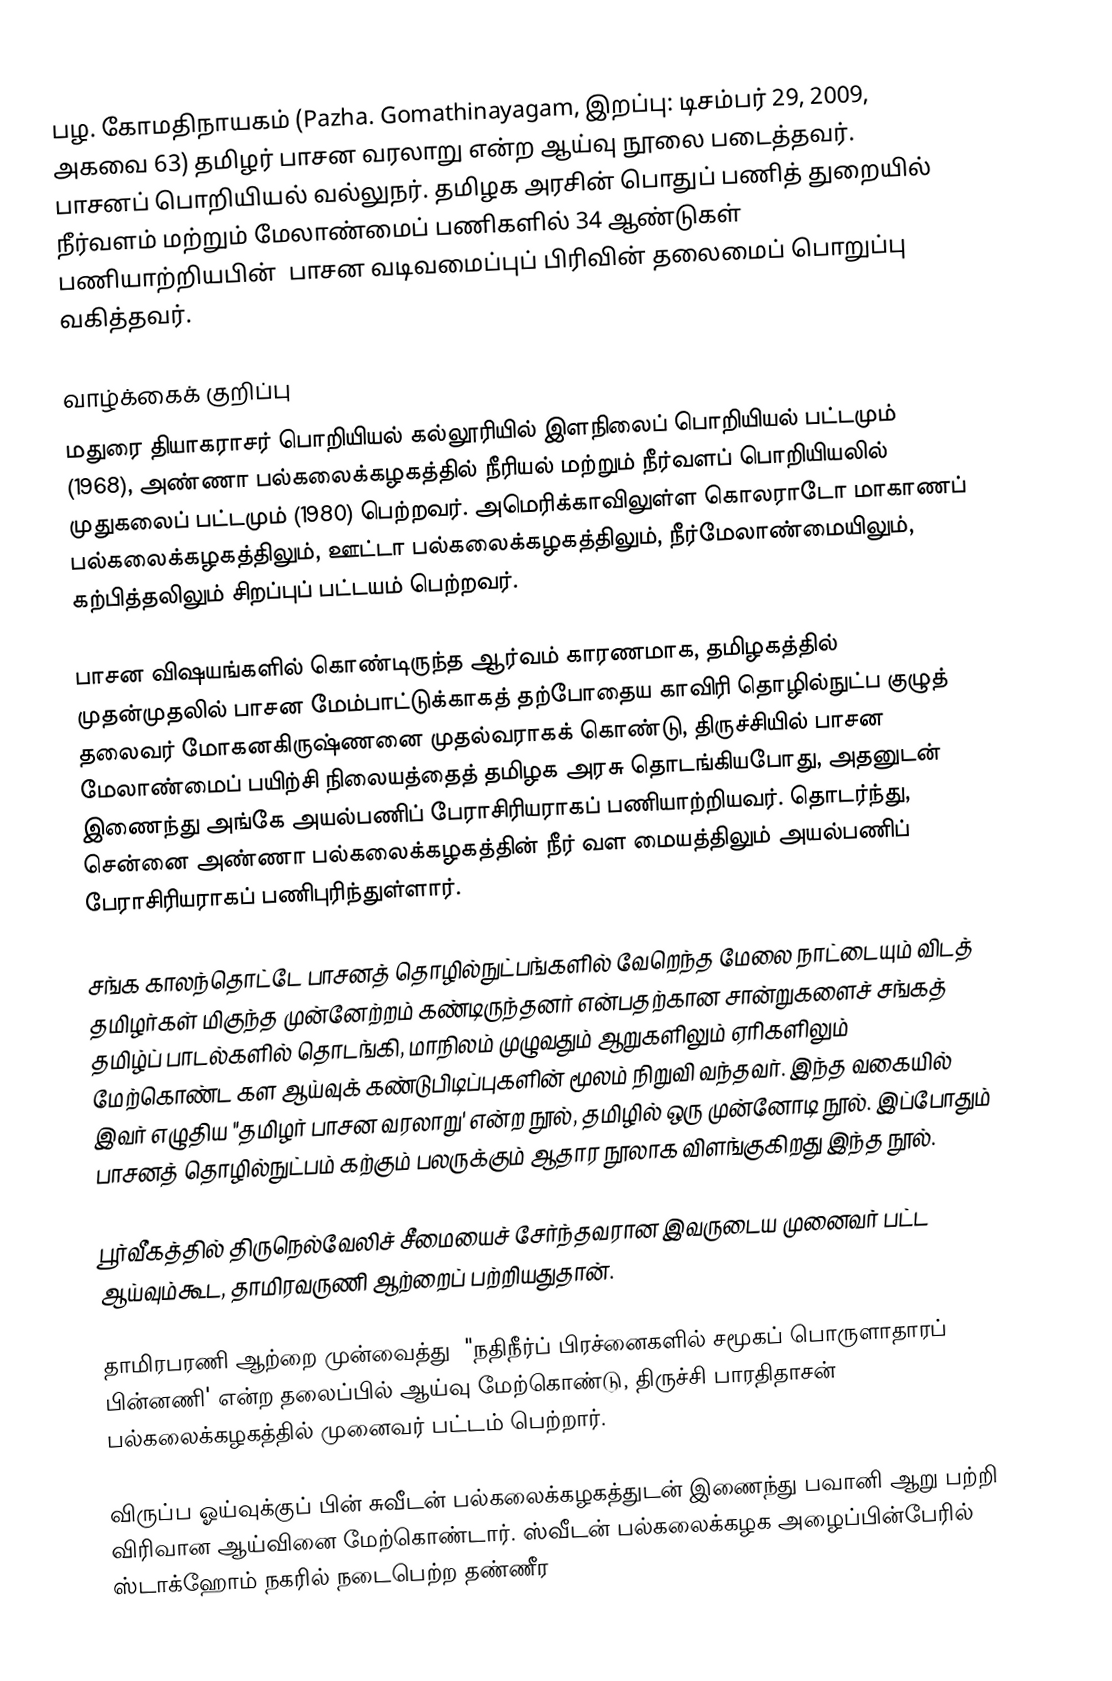
பழ. கோமதிநாயகம் (Pazha. Gomathinayagam, இறப்பு: டிசம்பர் 29, 2009, அகவை 63) தமிழர் பாசன வரலாறு என்ற ஆய்வு நூலை படைத்தவர். பாசனப் பொறியியல் வல்லுநர். தமிழக அரசின் பொதுப் பணித் துறையில் நீர்வளம் மற்றும் மேலாண்மைப் பணிகளில் 34 ஆண்டுகள் பணியாற்றியபின்  பாசன வடிவமைப்புப் பிரிவின் தலைமைப் பொறுப்பு வகித்தவர்.

வாழ்க்கைக் குறிப்பு
மதுரை தியாகராசர் பொறியியல் கல்லூரியில் இளநிலைப் பொறியியல் பட்டமும் (1968), அண்ணா பல்கலைக்கழகத்தில் நீரியல் மற்றும் நீர்வளப் பொறியியலில் முதுகலைப் பட்டமும் (1980) பெற்றவர். அமெரிக்காவிலுள்ள கொலராடோ மாகாணப் பல்கலைக்கழகத்திலும், ஊட்டா பல்கலைக்கழகத்திலும், நீர்மேலாண்மையிலும், கற்பித்தலிலும் சிறப்புப் பட்டயம் பெற்றவர்.

பாசன விஷயங்களில் கொண்டிருந்த ஆர்வம் காரணமாக, தமிழகத்தில் முதன்முதலில் பாசன மேம்பாட்டுக்காகத் தற்போதைய காவிரி தொழில்நுட்ப குழுத் தலைவர் மோகனகிருஷ்ணனை முதல்வராகக் கொண்டு, திருச்சியில் பாசன மேலாண்மைப் பயிற்சி நிலையத்தைத் தமிழக அரசு தொடங்கியபோது, அதனுடன் இணைந்து அங்கே அயல்பணிப் பேராசிரியராகப் பணியாற்றியவர். தொடர்ந்து, சென்னை அண்ணா பல்கலைக்கழகத்தின் நீர் வள மையத்திலும் அயல்பணிப் பேராசிரியராகப் பணிபுரிந்துள்ளார்.

சங்க காலந்தொட்டே பாசனத் தொழில்நுட்பங்களில் வேறெந்த மேலை நாட்டையும் விடத் தமிழர்கள் மிகுந்த முன்னேற்றம் கண்டிருந்தனர் என்பதற்கான சான்றுகளைச் சங்கத் தமிழ்ப் பாடல்களில் தொடங்கி, மாநிலம் முழுவதும் ஆறுகளிலும் ஏரிகளிலும் மேற்கொண்ட கள ஆய்வுக் கண்டுபிடிப்புகளின் மூலம் நிறுவி வந்தவர். இந்த வகையில் இவர் எழுதிய "தமிழர் பாசன வரலாறு' என்ற நூல், தமிழில் ஒரு முன்னோடி நூல். இப்போதும் பாசனத் தொழில்நுட்பம் கற்கும் பலருக்கும் ஆதார நூலாக விளங்குகிறது இந்த நூல்.

பூர்வீகத்தில் திருநெல்வேலிச் சீமையைச் சேர்ந்தவரான இவருடைய முனைவர் பட்ட ஆய்வும்கூட, தாமிரவருணி ஆற்றைப் பற்றியதுதான்.

தாமிரபரணி ஆற்றை முன்வைத்து  "நதிநீர்ப் பிரச்னைகளில் சமூகப் பொருளாதாரப் பின்னணி' என்ற தலைப்பில் ஆய்வு மேற்கொண்டு, திருச்சி பாரதிதாசன் பல்கலைக்கழகத்தில் முனைவர் பட்டம் பெற்றார்.

விருப்ப ஓய்வுக்குப் பின் சுவீடன் பல்கலைக்கழகத்துடன் இணைந்து பவானி ஆறு பற்றி விரிவான ஆய்வினை மேற்கொண்டார். ஸ்வீடன் பல்கலைக்கழக அழைப்பின்பேரில் ஸ்டாக்ஹோம் நகரில் நடைபெற்ற தண்ணீர